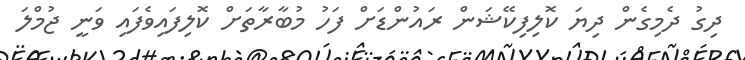
ދިގު ދެމިގެން ދިޔަ ކޮލިފިކޭޝަން ރައުންޑަށް ފަހު މުބާރާތަށް ކޮލިފައިވެފައި ވަނީ ޖުމްލަ